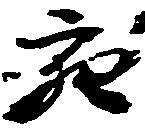
充